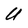
Character: U